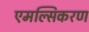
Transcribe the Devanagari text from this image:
एमल्सिकरण